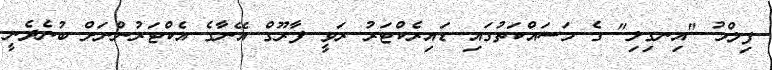
ފިލްމު "އިނގިލި" ގެ މަސައްކަތުގައި ޑައިރެކްޓަރު ރަވީ ފާރޫގް އޭނާގެ އެކްޓަރުންނަށް ބުނެދެނީ